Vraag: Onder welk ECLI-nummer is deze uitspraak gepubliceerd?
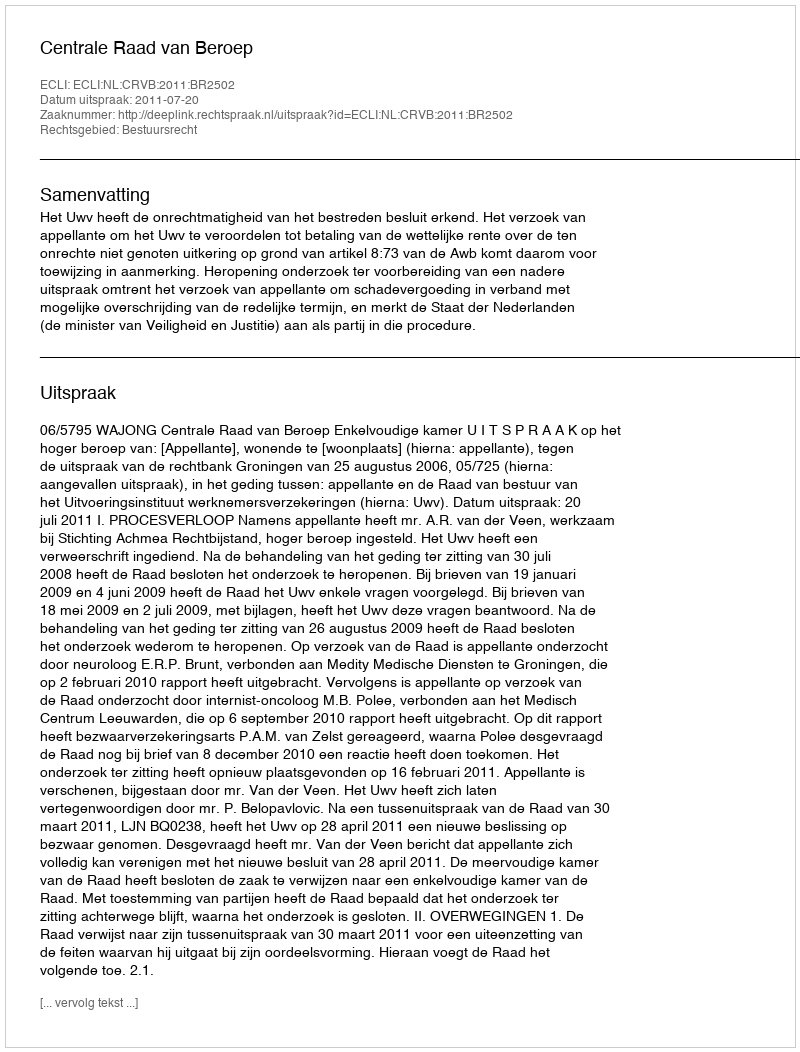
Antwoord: ECLI:NL:CRVB:2011:BR2502